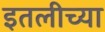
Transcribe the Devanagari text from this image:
इतलीच्या